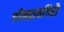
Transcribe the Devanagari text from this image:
श्रीमद्रायगिरौ